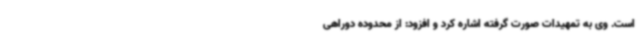
است. وی به تمهیدات صورت گرفته اشاره کرد و افزود: از محدوده دوراهی